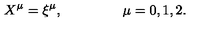
X ^ { \mu } = \xi ^ { \mu } , \qquad \qquad \ \mu = 0 , 1 , 2 .